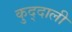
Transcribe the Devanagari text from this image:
कुद्दाली